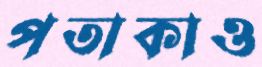
পতাকাও